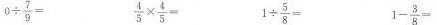
$$0 \div \frac { 7 } { 9 } =$$ $$\frac { 4 } { 5 } \times \frac { 4 } { 5 } =$$ $$1 \div \frac { 5 } { 8 } =$$ $$1 - \frac { 3 } { 8 } =$$